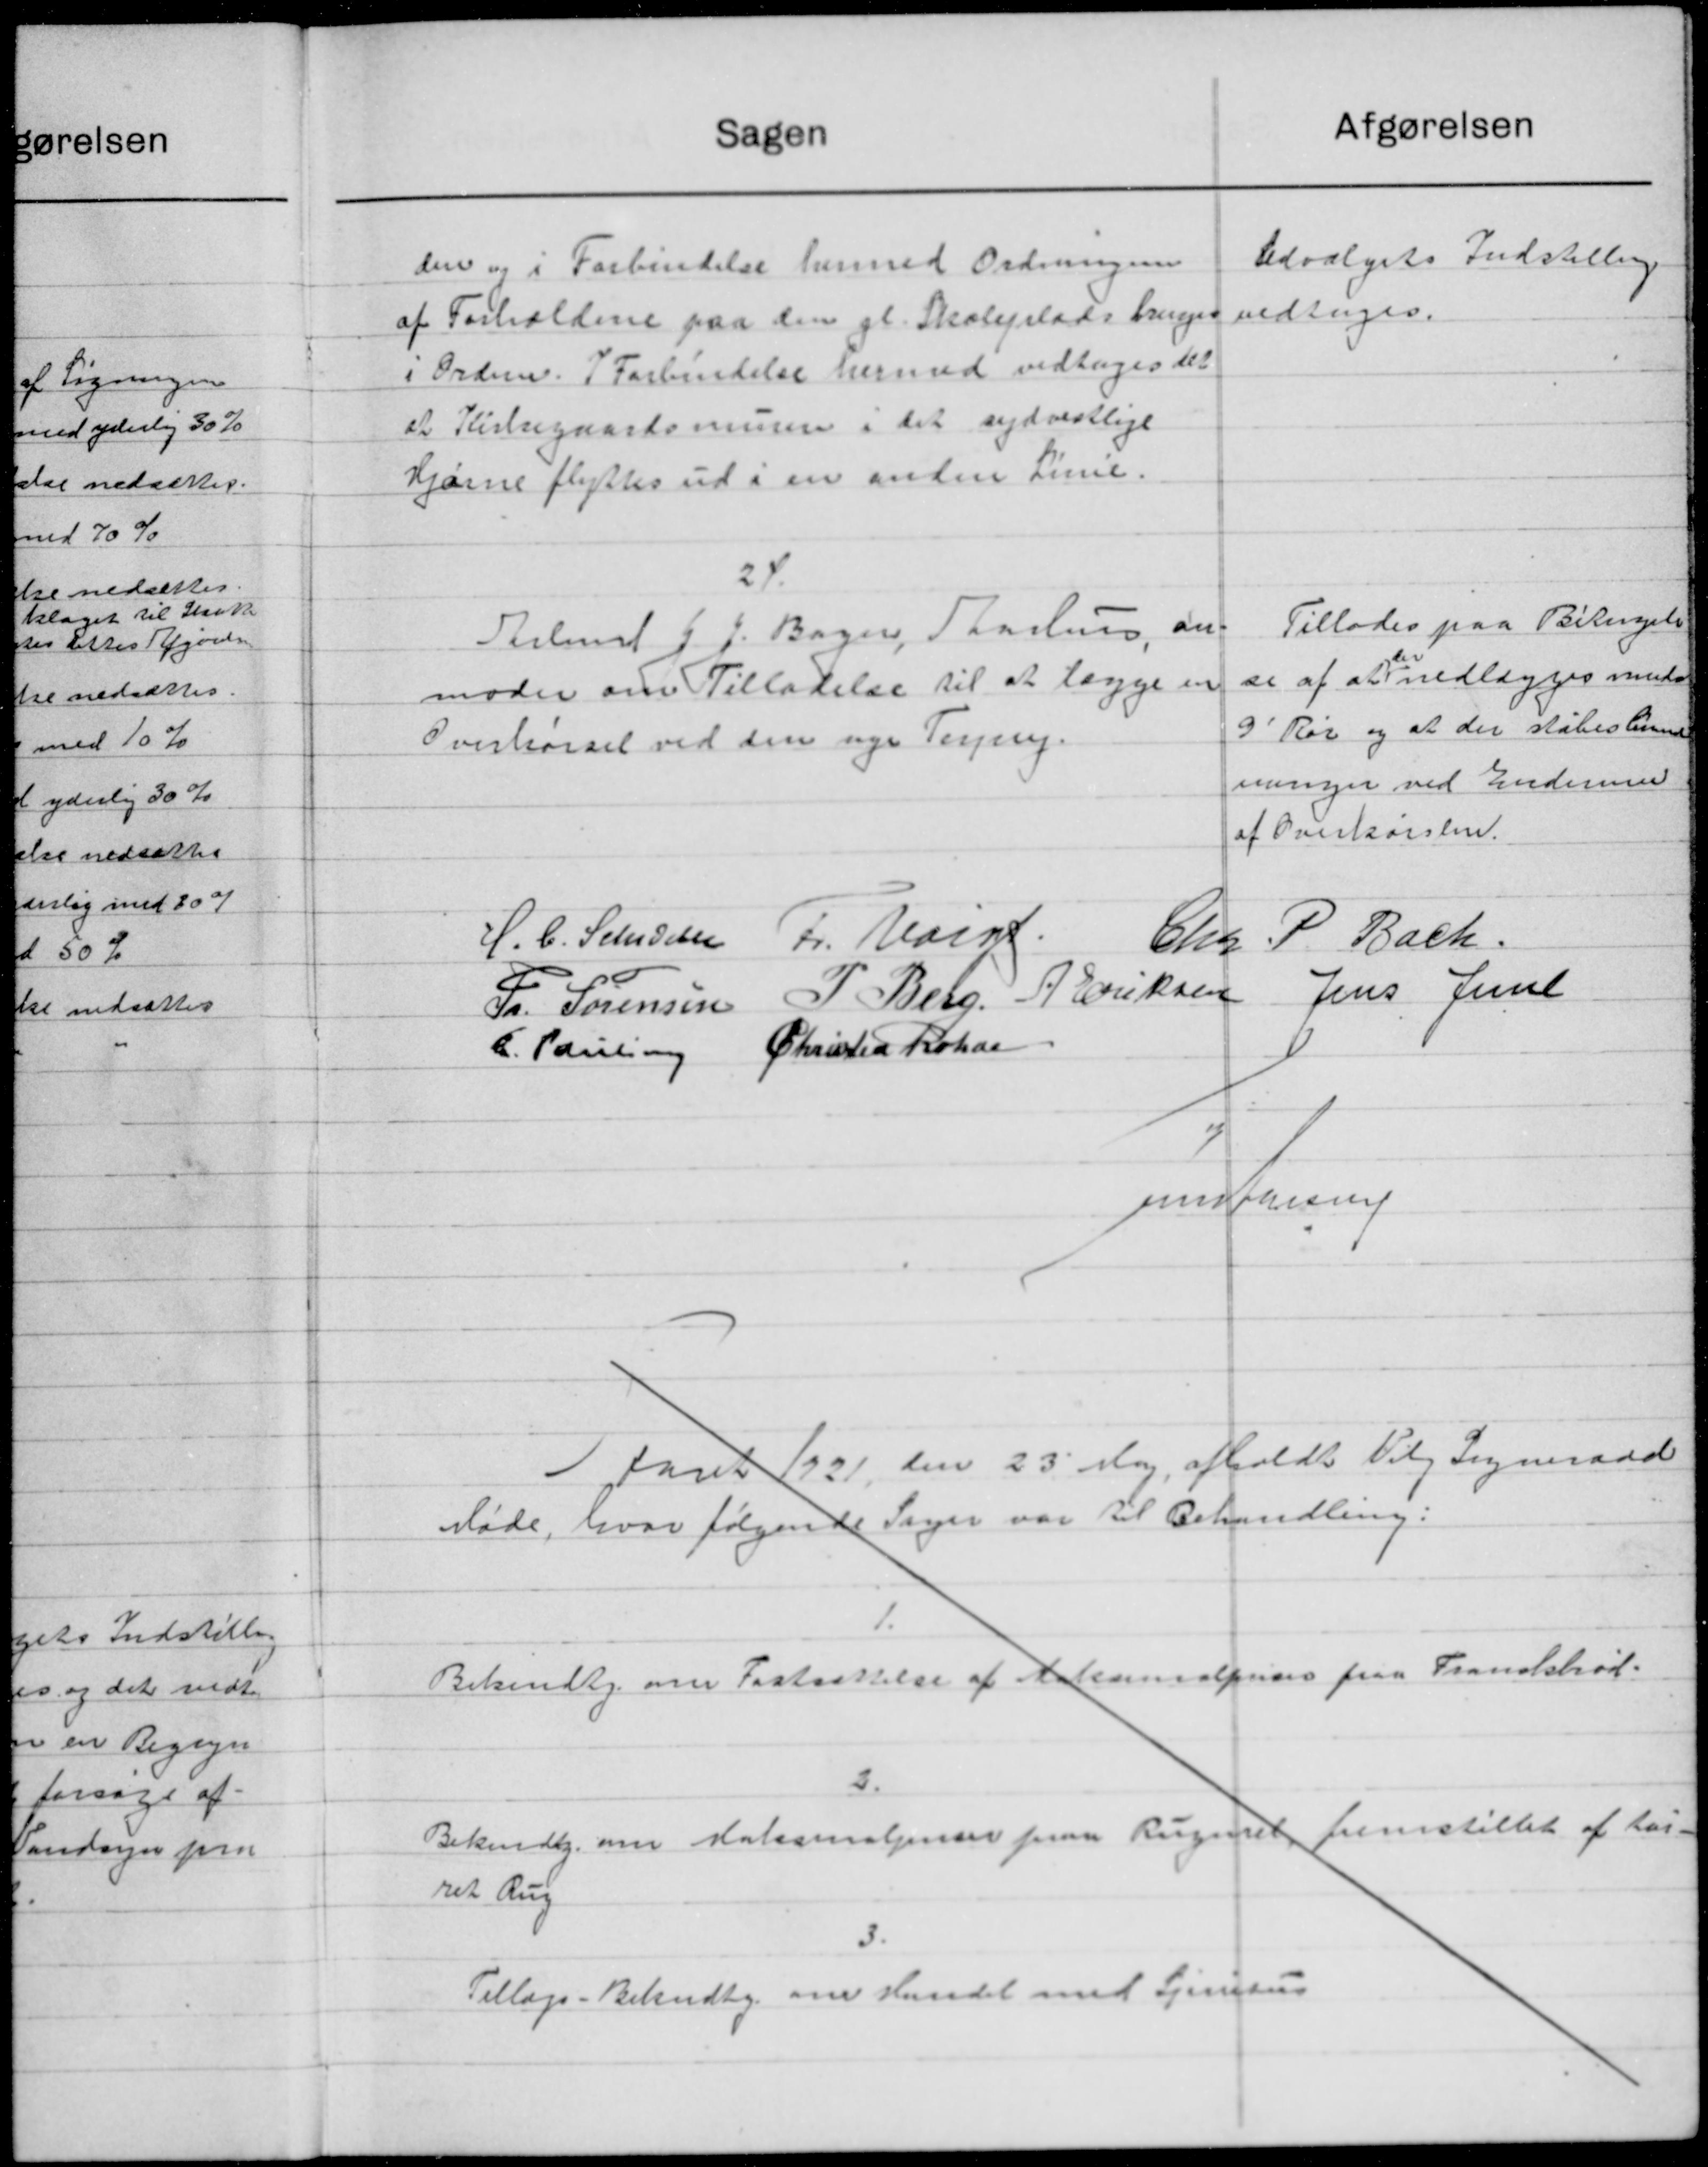
Transskription:
Afgørelsen
Sagen
Udvalgets Indstilling
den og i Forbindelse hermed Ordningen
vedtoges.
af Forholdene paa den gl. Skoleplads bruges
i Ordne. I Forbendelse hermed vedtoges det
et Kirkegaardsmurere i det sydvestlige
Hjørne flyttes ud i en anden Linie.
24.
Tillades paa Betingelse
Teilmar J. J. Bager, Aarhus, an
se af at nedlægges med
moder om Tilladelse til at lægge en
9' Rør og at der slåbes barne
Overkørsel ved den nye Tegn.
nninger ved Enderin
af Overkørsen.
pr. Udg.
P. Bach
H. C. Schideen
6kr
Jens Juul
P. Berg. P. Eriksen
Fr. Sørensen
Christian Rokar
C. Pauling
pudersen
1 Aaret 1921 den 23' Maj afholdt Valg Sogneraad
Møde, hvor følgende Sager var til Behandling:
Bekendtg om Fastsættelse af Materialprises paa Trandsbrød-
Bekendtg. om Nationalender paa Rugniet fremstillet af Lar-
ret Rug
Tillægs-Bekendtg. om Handet med Tjenesus